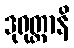
ဒုရုတ္တာနိ